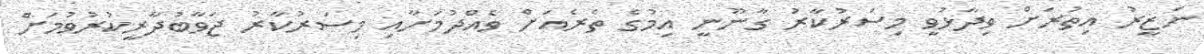
ނަޒީރު އިތުރަށް ވިދާޅުވީ މިސަރުކާރު ގާނޫނީ އިމުގެ ތެރެއަށް ވެއްދުމަށާއި މިސަރުކާރު ޖަވާބުދާރީކުރުވުމަށް